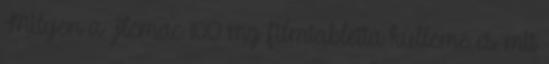
Milyen a Flemac 100 mg filmtabletta külleme és mit